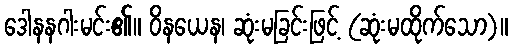
ဒေါနနဂါးမင်း၏။ ဝိနယေန၊ ဆုံးမခြင်းဖြင့် (ဆုံးမထိုက်သော)။